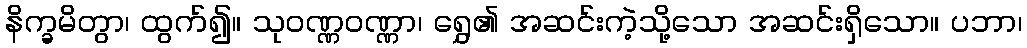
နိက္ခမိတွာ၊ ထွက်၍။ သုဝဏ္ဏဝဏ္ဏာ၊ ရွှေ၏ အဆင်းကဲ့သို့သော အဆင်းရှိသော။ ပဘာ၊